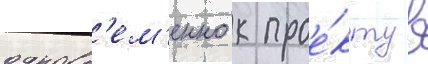
одновр'ем'енно к прое́кту в